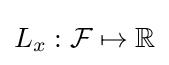
L_{x}:{\mathcal {F}}\mapsto \mathbb {R}